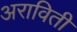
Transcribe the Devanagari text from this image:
अराविती